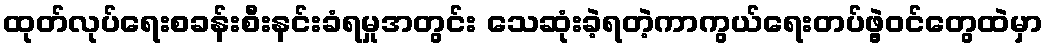
ထုတ်လုပ်ရေးစခန်းစီးနင်းခံရမှုအတွင်း သေဆုံးခဲ့ရတဲ့ကာကွယ်ရေးတပ်ဖွဲ့ဝင်တွေထဲမှာ